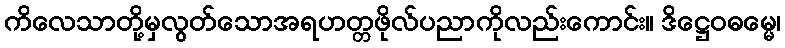
ကိလေသာတို့မှလွတ်သောအရဟတ္တဖိုလ်ပညာကိုလည်းကောင်း။ ဒိဋ္ဌေဝဓမ္မေ၊